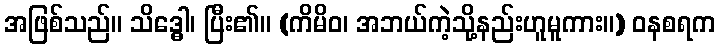
အဖြစ်သည်။ သိဒ္ဓေါ၊ ပြီး၏။ (ကိမိဝ၊ အဘယ်ကဲ့သို့နည်းဟူမူကား။) ဝနစရက